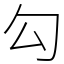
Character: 勾